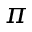
\pi